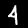
Digit: 4